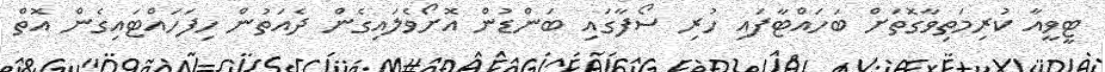
ޓީވީއާ ކުރިމަތިވާގޮތަށް ބަހައްޓާފައި ހުރި ސޯފާގައި ބަންޑުން އޮށޯވެލައިގެން ދެއަތުން ހިފަހައްޓައިގެން އޮތް